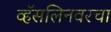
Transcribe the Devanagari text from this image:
व्हॅसलिनवरचा